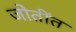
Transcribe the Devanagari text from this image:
जोतींत